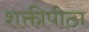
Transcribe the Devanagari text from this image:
शक्तीपीठा